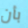
بأن